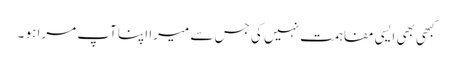
کبھی بھی ایسی مفاہمت نہیں کی جس سے میرا اپنا آپ مرا ہو ۔